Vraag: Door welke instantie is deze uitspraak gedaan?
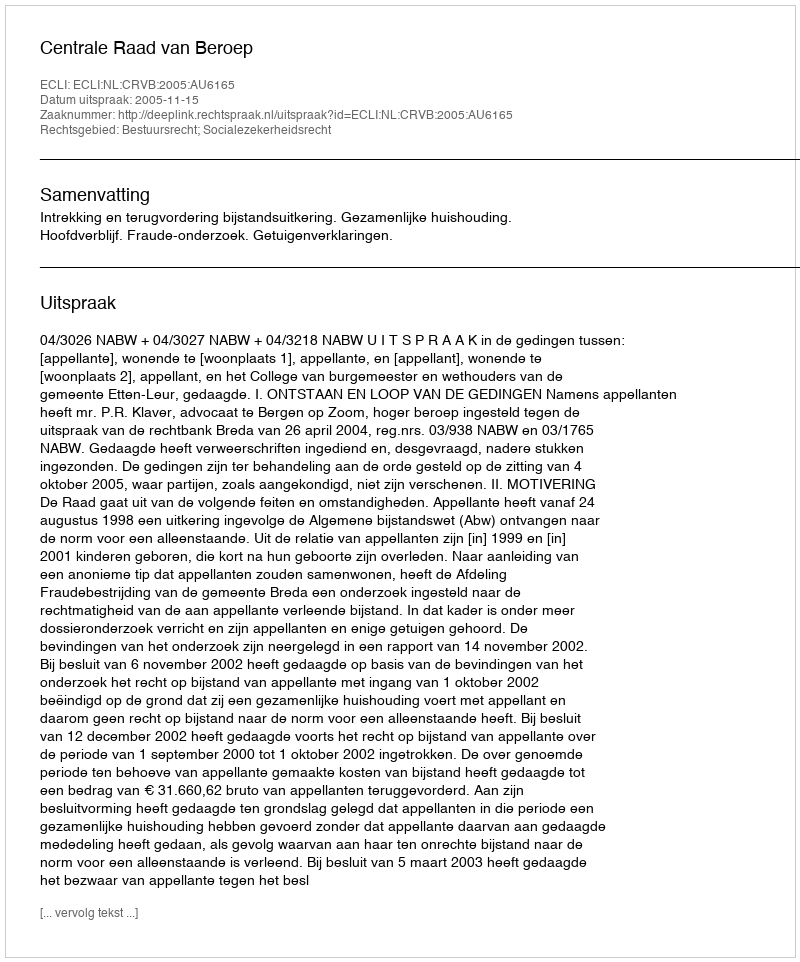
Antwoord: Centrale Raad van Beroep